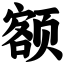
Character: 额